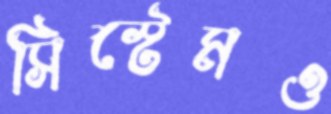
সিস্টেমও